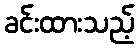
ခင်းထားသည့်